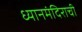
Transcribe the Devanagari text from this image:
ध्यानमंदिराची